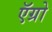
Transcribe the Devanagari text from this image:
ऍग्रो